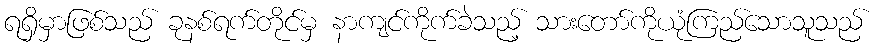
ရရှိမှာဖြစ်သည် ခုနစ်ရက်တိုင်မှ နာကျင်ကိုက်ခဲသည့် သားတော်ကိုယုံကြည်သောသူသည်